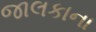
જાલકાના